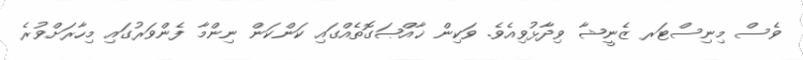
ވެސް މިނިސްޓަރ ޒެނީޝާ ވިދާޅުވިއެވެ. ވަކިން ޚާއްޞަގޮތެއްގައި ކަންކަން ނިންމާ ފެންވަރުގައި މިހާރަށްވުރެ